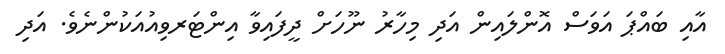
އާއި ބައްޕަ އަވަސް އޮންލައިން އަދި މިހާރު ނޫހަށް ދީފައިވާ އިންޓަރވިއުއަކުންނެވެ. އަދި